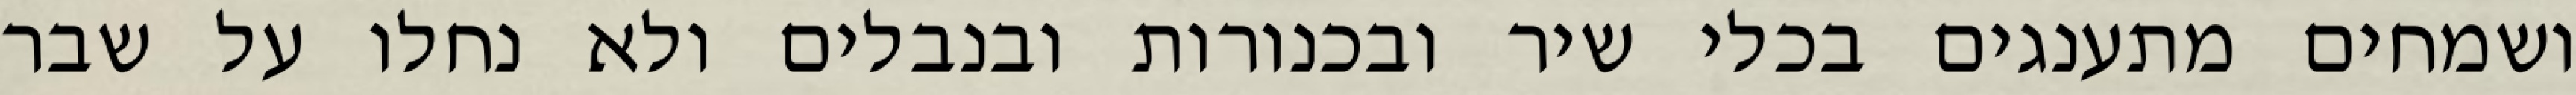
ושמחים מתענגים בכלי שיר ובכנורות ובנבלים ולא נחלו על שבר